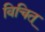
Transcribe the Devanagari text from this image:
विचित्